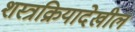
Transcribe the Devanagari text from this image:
शस्त्रक्रियादेखील